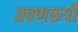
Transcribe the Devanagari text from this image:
प्रवणरूपी